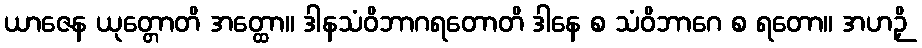
ယာဇေန ယုတ္တောတိ အတ္ထော။ ဒါနသံဝိဘာဂရတောတိ ဒါနေ စ သံဝိဘာဂေ စ ရတော။ အဟဉှိ